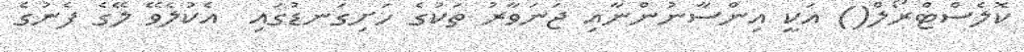
ކޮލެސްޓްރޯލް() އަކީ އިންސާނުންނާއި ޖަނަވާރު ތަކުގެ ހަށިގަނޑުގައި  އެކުލެވޭ ލޭގެ ފެނުގެ